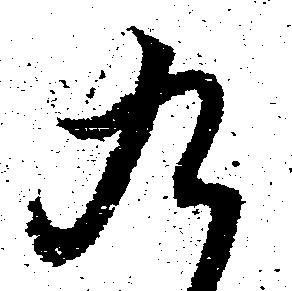
九